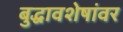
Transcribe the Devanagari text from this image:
बुद्धावशेषांवर